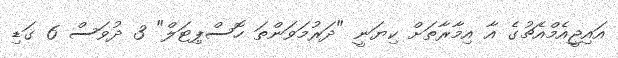
އައިޖީއެމްއެޗުގެ އާ އިމާރާތަށް ކިޔަނީ "ދަރުމަވަންތަ ހޮސްޕިޓަލް" 3 ދުވަސް 6 ގަޑި